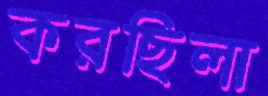
করছিলা